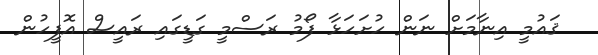
ޤައުމީ އިނާމަށް ނަން ހުށަހަޅާ ފޯމު ރަސްމީ ގަޑީގައި ރައީސް އޮފީހުން